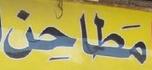
مطاحن